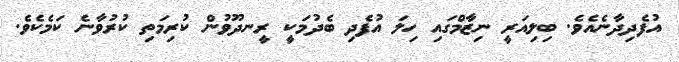
އުފެދިދާނެއެވެ. ބިލިއަރީ ނިޒާމްގައި ހިލަ އުފެދި ބެދުމަކީ ރީނދޫވުން ކުރިމަތި ކުރުވާނެ ކަމެކެވެ.